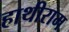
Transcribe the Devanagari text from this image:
हाथीराम